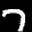
Label: 7